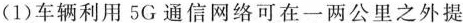
1)车辆利用5G通信网络可在一两公里之外提